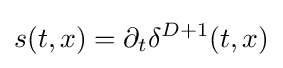
s(t,x)=\partial _{t}\delta ^{D+1}(t,x)